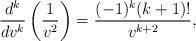
LaTeX: \begin{align*} \frac{d^k}{dv^k}\left(\frac{1}{v^2}\right)=\frac{(-1)^k(k+1)!}{v^{k+2}},\end{align*}